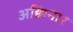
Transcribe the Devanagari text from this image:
अक्किनार